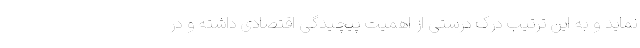
‌نماید و به این ترتیب درک درستی از اهمیت پیچیدگی اقتصادی داشته و در